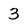
Character: 3